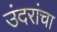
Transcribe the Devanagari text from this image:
उंदरांचा